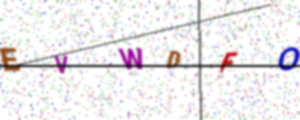
Text: EVWDFO